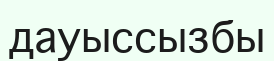
дауыссызбы